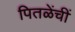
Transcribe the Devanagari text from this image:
पितळेंचीं